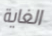
الغاية